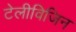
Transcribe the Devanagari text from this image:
टेलीविजिन